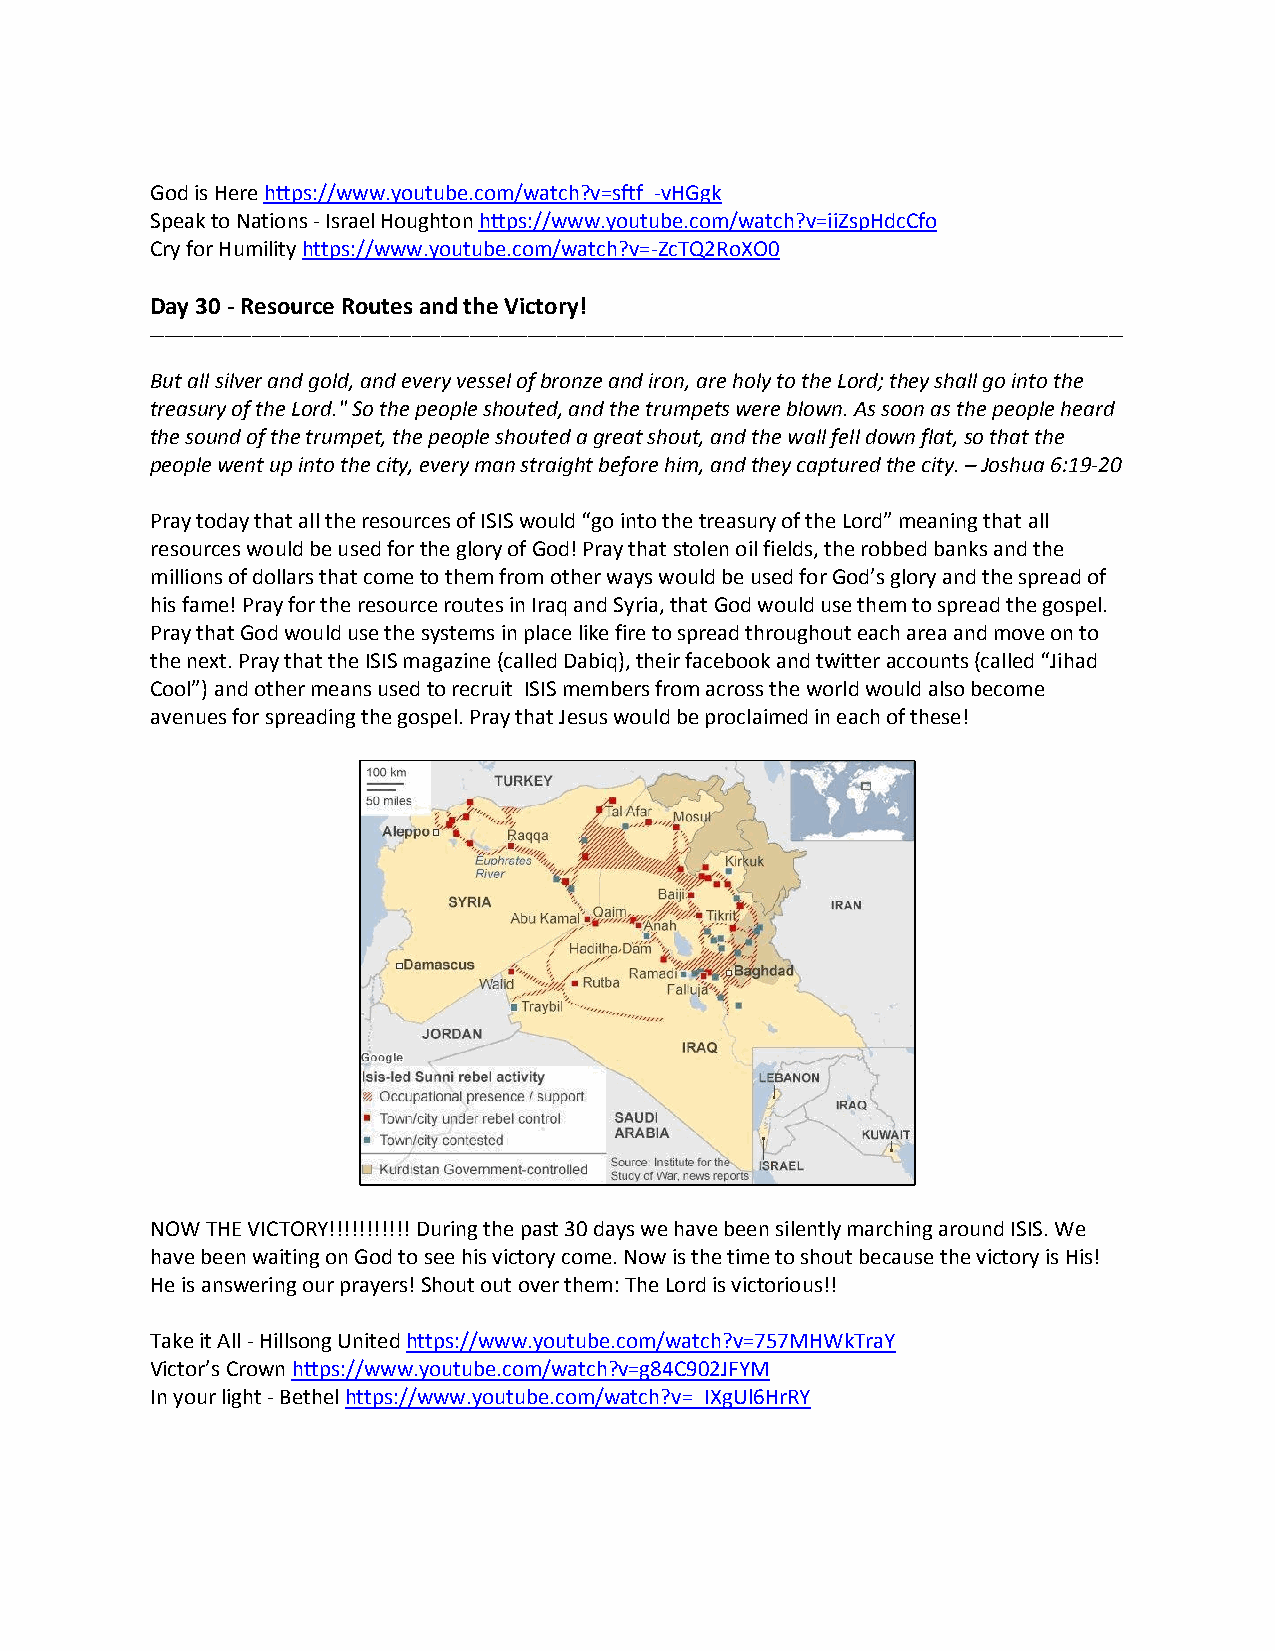
God is Here https://www.youtube.com/watch?v=sftf_-vHGgk
 Speak to Nations - Israel Houghton https://www.youtube.com/watch?v=iiZspHdcCfo
 Cry for Humility https://www.youtube.com/watch?v=-ZcTQ2RoXO0
 Day 30 - Resource Routes and the Victory!
 ______________________________________________________________________________________________________________________________________
 But all silver and gold, and every vessel of bronze and iron, are holy to the Lord; they shall go into the
 treasury of the Lord." So the people shouted, and the trumpets were blown. As soon as the people heard
 the sound of the trumpet, the people shouted a great shout, and the wall fell down flat, so that the
 people went up into the city, every man straight before him, and they captured the city. – Joshua 6:19-20
 Pray today that all the resources of ISIS would “go into the treasury of the Lord” meaning that all
 resources would be used for the glory of God! Pray that stolen oil fields, the robbed banks and the
 millions of dollars that come to them from other ways would be used for God’s glory and the spread of
 his fame! Pray for the resource routes in Iraq and Syria, that God would use them to spread the gospel.
 Pray that God would use the systems in place like fire to spread throughout each area and move on to
 the next. Pray that the ISIS magazine (called Dabiq), their facebook and twitter accounts (called “Jihad
 Cool”) and other means used to recruit ISIS members from across the world would also become
 avenues for spreading the gospel. Pray that Jesus would be proclaimed in each of these!
 NOW THE VICTORY!!!!!!!!!!! During the past 30 days we have been silently marching around ISIS. We
 have been waiting on God to see his victory come. Now is the time to shout because the victory is His!
 He is answering our prayers! Shout out over them: The Lord is victorious!!
 Take it All - Hillsong United https://www.youtube.com/watch?v=757MHWkTraY
 Victor’s Crown https://www.youtube.com/watch?v=g84C902JFYM
 In your light - Bethel https://www.youtube.com/watch?v=_IXgUl6HrRY